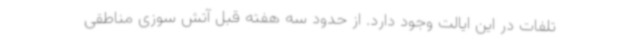
تلفات در این ایالت وجود دارد. از حدود سه هفته قبل آتش سوزی مناطقی